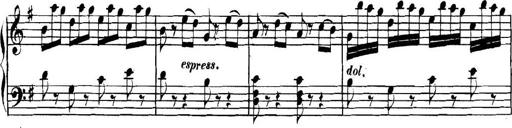
Title: Collected Piano Sonatas
Composer: Muzio Clementi